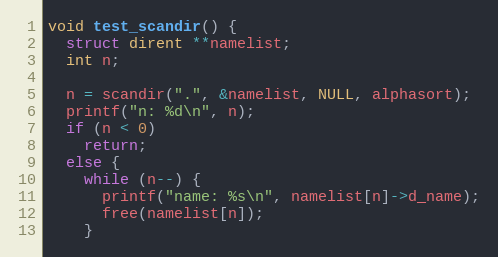
Language: C++
void test_scandir() {
  struct dirent **namelist;
  int n;

  n = scandir(".", &namelist, NULL, alphasort);
  printf("n: %d\n", n);
  if (n < 0)
    return;
  else {
    while (n--) {
      printf("name: %s\n", namelist[n]->d_name);
      free(namelist[n]);
    }